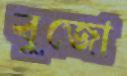
বুজো